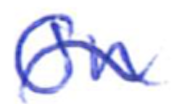
Text: On
Cross-out: wave
Writing tool: ballpoint